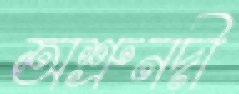
অশ্রুনদী